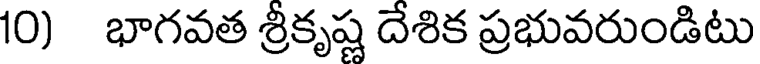
10) భాగవత శ్రీకృష్ణ దేశిక ప్రభువరుండిటు